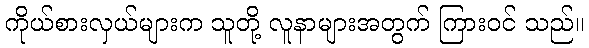
ကိုယ်စားလှယ်များက သူတို့ လူနာများအတွက် ကြားဝင် သည်။